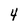
Character: 4